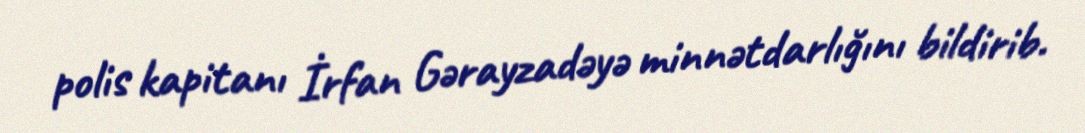
polis kapitanı İrfan Gərayzadəyə minnətdarlığını bildirib.